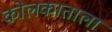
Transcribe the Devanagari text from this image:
कोलकाताला